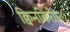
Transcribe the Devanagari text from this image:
क्विनकिरीम